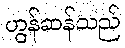
ဟွန်ဆန်သည်